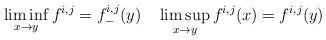
\begin{align*}\liminf_{x\to y}f^{i,j}=f_-^{i,j}(y)\quad\limsup_{x\to y}f^{i,j}(x)=f^{i,j}(y)\end{align*}